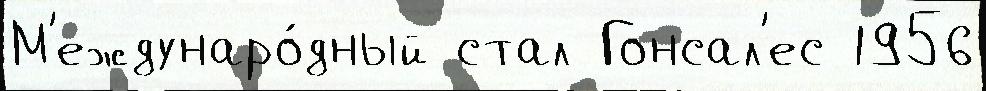
М'еждунаро́дный стал Гонсал'ес 1956